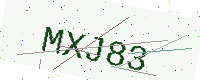
Text: MXJ83